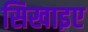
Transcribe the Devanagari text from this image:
सिखाइए